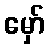
မှော်